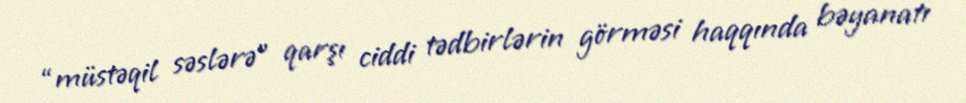
“müstəqil səslərə” qarşı ciddi tədbirlərin görməsi haqqında bəyanatı